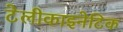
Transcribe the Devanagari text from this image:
टेलीकाइनेटिक